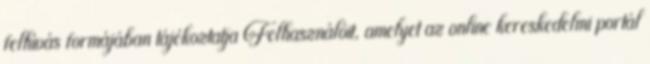
felhívás formájában tájékoztatja Felhasználóit, amelyet az online kereskedelmi portál